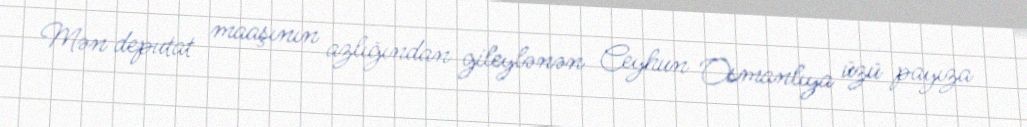
Mən deputat maaşının azlığından gileylənən Ceyhun Osmanlıya üzü payıza